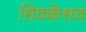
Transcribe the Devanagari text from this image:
शिवकेशव